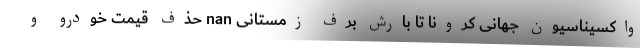
واکسیناسیون جهانی کرونا تا بارش برف زمستانی nan حذف قیمت‌ خودرو و